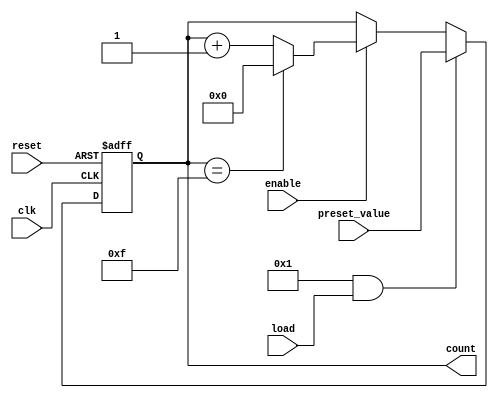
module parameterized_counter
#(
    parameter WIDTH = 4,                      // Bit-width of the counter
    parameter COUNT_DIR = 1,                  // 1 for up, 0 for down
    parameter LOAD_ENABLE = 1                  // 1 to enable loading of preset value
)
(
    input wire clk,                            // Clock signal
    input wire reset,                          // Active-high reset
    input wire load,                           // Active-high load signal
    input wire [WIDTH-1:0] preset_value,      // Value to load into the counter
    input wire enable,                         // Active-high enable signal
    output reg [WIDTH-1:0] count              // Current count value
);

// Define MAX_COUNT based on WIDTH parameter
localparam MAX_COUNT = (1 << WIDTH) - 1;

always @(posedge clk or posedge reset) begin
    if (reset) begin
        // Reset behavior
        count <= 0;
    end else if (LOAD_ENABLE && load) begin
        // Load behavior
        count <= preset_value;
    end else if (enable) begin
        // Counting logic
        if (COUNT_DIR) begin
            // Count up
            if (count == MAX_COUNT) begin
                count <= 0; // Wrap around to zero
            end else begin
                count <= count + 1; // Increment
            end
        end else begin
            // Count down
            if (count == 0) begin
                count <= MAX_COUNT; // Wrap around to max
            end else begin
                count <= count - 1; // Decrement
            end
        end
    end
    // If enable is low, hold current value (no else condition needed)
end

endmodule